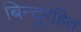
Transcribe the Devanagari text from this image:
बिन्दुरहित